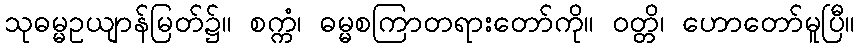
သုဓမ္မဥယျာန်မြတ်၌။ စက္ကံ၊ ဓမ္မစကြာတရားတော်ကို။ ဝတ္တိ၊ ဟောတော်မူပြီ။